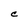
Character: C